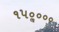
૧૫૦ૢ૦૦૦